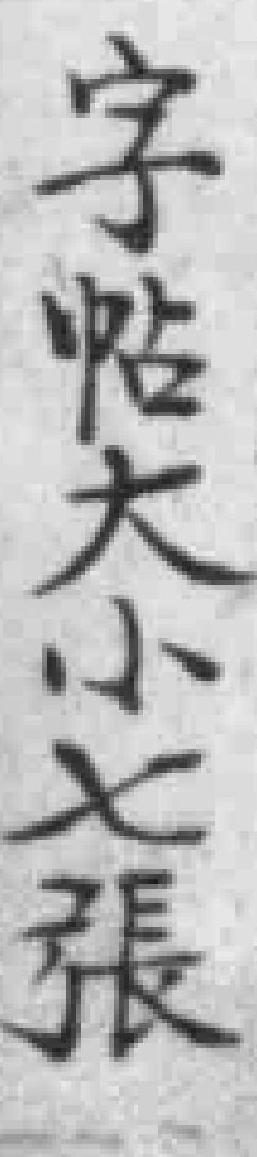
字帖大小七張